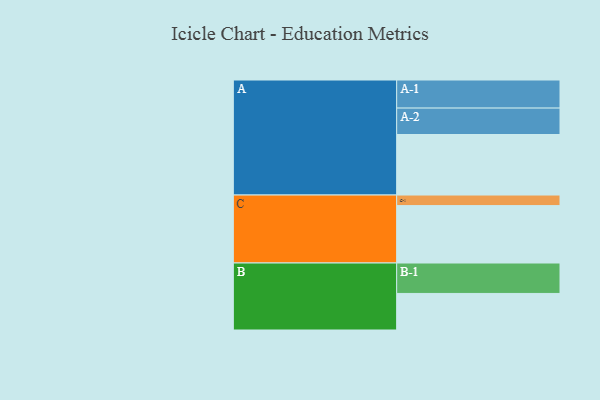
{"axis": {"x": "Segment", "y": "Value"}, "legend": ["", "A", "B", "C"], "data": [{"x": "A", "y": 543, "type": ""}, {"x": "B", "y": 328, "type": ""}, {"x": "C", "y": 515, "type": ""}, {"x": "A-1", "y": 252, "type": "A"}, {"x": "A-2", "y": 237, "type": "A"}, {"x": "B-1", "y": 273, "type": "B"}, {"x": "C-1", "y": 95, "type": "C"}]}